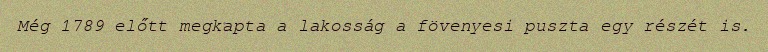
Még 1789 előtt megkapta a lakosság a fövenyesi puszta egy részét is.